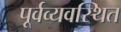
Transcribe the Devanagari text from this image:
पूर्वव्यवस्थित